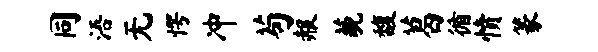
同浯无愕冲苟赧藐馥葛循愤篆